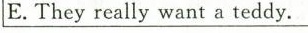
E.They really want a teddy.